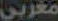
مغربي